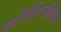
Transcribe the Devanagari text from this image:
फॉर्मएल्डीहाइड